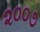
૨૦૦૭